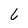
Character: 6